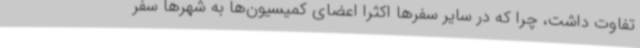
تفاوت داشت، چرا که در سایر سفرها اکثرا اعضای کمیسیون‌ها به شهرها سفر